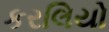
કરલિયો